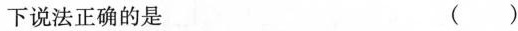
下说法正确的是 ()